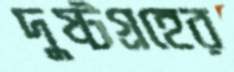
দুষ্টগ্রহের